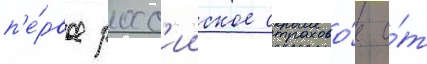
п'е́рвое росс'ииское страхово́е о́т